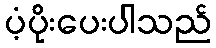
ပံ့ပိုးပေးပါသည်